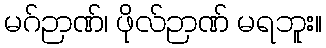
မဂ်ဉာဏ်၊ ဖိုလ်ဉာဏ် မရဘူး။